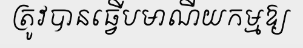
ត្រូវបានធ្វើបមាណីយកម្មឱ្យ